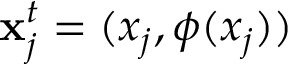
\mathbf { x } _ { j } ^ { t } = ( x _ { j } , \phi ( x _ { j } ) )